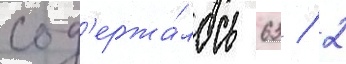
сод'ержа́лось 63 / 2